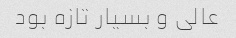
عالی و بسیار تازه بود